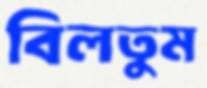
বিলতুম